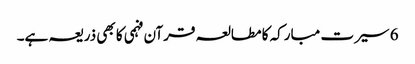
6 سیرت مبارکہ کا مطالعہ قرآن فہمی کا بھی ذریعہ ہے۔